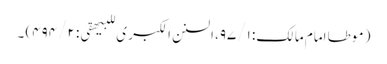
( موطا امام مالک: ۹۷/۱، السنن الکبر ی للبیھقی: ۴۹۴/۲) ۔